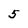
Character: 5